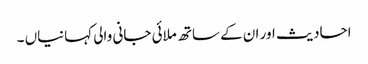
احادیث اور ان کے ساتھ ملائی جانی والی کہانیاں‌ ۔